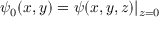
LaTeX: \psi _ { 0 } ( x , y ) = \psi ( x , y , z ) | _ { z = 0 }